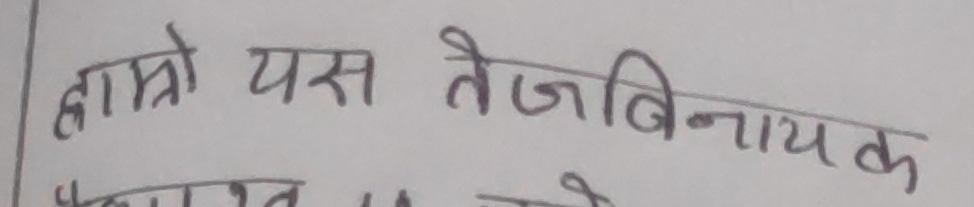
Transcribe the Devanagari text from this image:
हाम्रो यस तेजविनायक